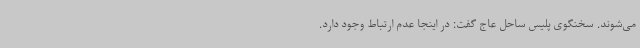
می‌شوند. سخنگوی پلیس ساحل عاج گفت: در اینجا عدم ارتباط وجود دارد.